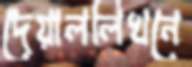
দেয়াললিখনে